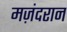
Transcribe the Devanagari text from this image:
मज़ंदरान